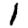
Digit: 1